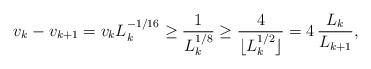
LaTeX: \begin{align*}v_k - v_{k+1} = v_k L_k^{-1/16} \geq \frac{1}{L^{1/8}_k} \geq \frac {4}{\lfloor L_k^{1/2} \rfloor} = 4\, \frac{L_k}{L_{k+1}},\end{align*}